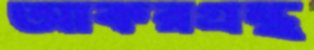
আকরগ্রন্থ